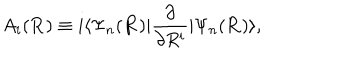
A _ { i } ( { \bf R } ) \equiv i \langle \Psi _ { n } ( { \bf R } ) | \frac { \partial } { \partial R ^ { i } } | \Psi _ { n } ( { \bf R } ) \rangle ,